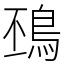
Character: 䲹